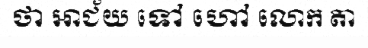
ថា អាជ័យ ទៅ ហៅ លោក តា